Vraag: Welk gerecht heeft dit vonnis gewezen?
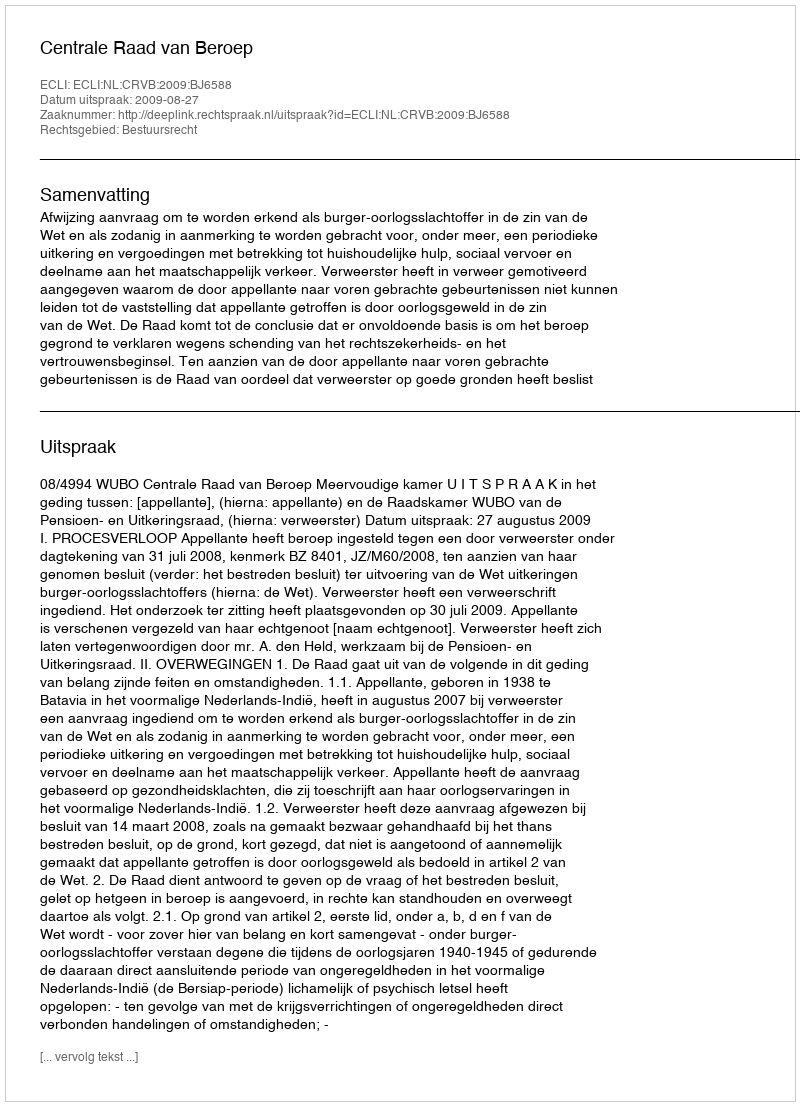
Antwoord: Centrale Raad van Beroep